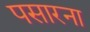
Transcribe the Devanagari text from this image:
पसारना